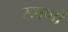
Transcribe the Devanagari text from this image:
सवर्णो